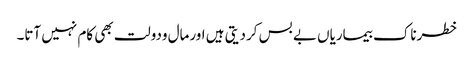
خطرناک بیماریاں بے بس کردیتی ہیں اورمال ودولت بھی کام نہیں آتا۔